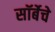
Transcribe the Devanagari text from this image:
सॉर्बेचे